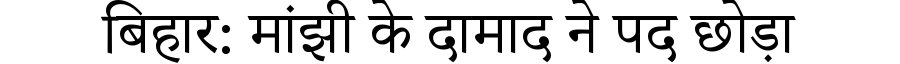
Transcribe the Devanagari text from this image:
बिहार: मांझी के दामाद ने पद छोड़ा